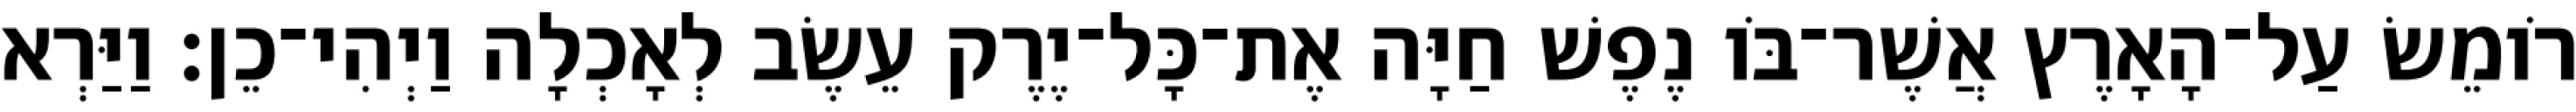
רֹומֵשׂ עַל־הָאָרֶץ אֲשֶׁר־בֹּו נֶפֶשׁ חַיָּה אֶת־כָּל־יֶרֶק עֵשֶׂב לְאָכְלָה וַיְהִי־כֵן׃ וַיַּרְא